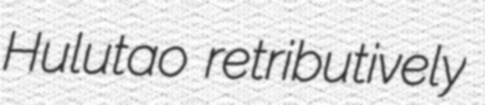
Hulutao retributively